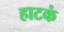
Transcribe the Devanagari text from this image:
हाटकं